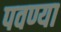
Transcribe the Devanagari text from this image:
पवण्या